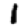
Digit: 1